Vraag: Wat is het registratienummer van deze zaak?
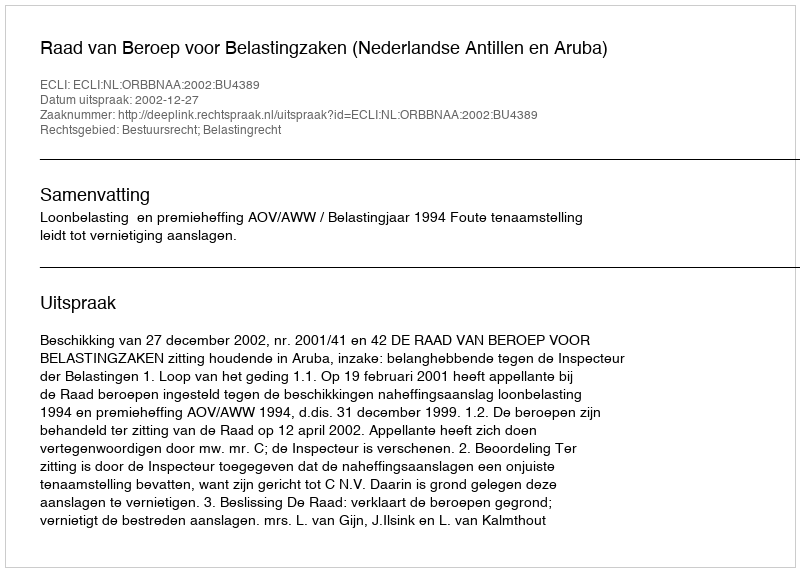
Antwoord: http://deeplink.rechtspraak.nl/uitspraak?id=ECLI:NL:ORBBNAA:2002:BU4389